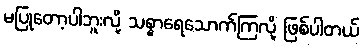
မပြုတော့ပါဘူးလို့ သစ္စာရေသောက်ကြလို့ ဖြစ်ပါတယ်